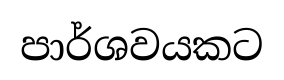
පාර්ශවයකට